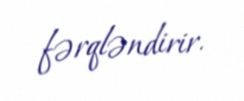
fərqləndirir.